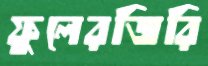
ফুলেরজিরি